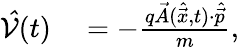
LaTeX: \begin{array}{rl}{\mathcal{\hat{V}}(t)}&{{}=-\frac{q\vec{A}(\hat{\vec{x}},t)\cdot\hat{\vec{p}}}{m},}\end{array}